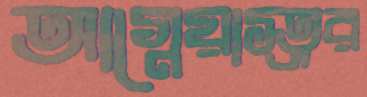
আগ্নেয়াস্ত্রর